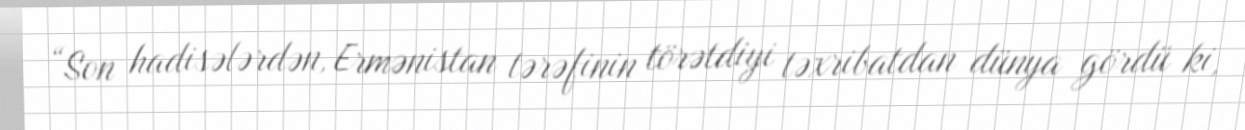
“Son hadisələrdən, Ermənistan tərəfinin törətdiyi təxribatdan dünya gördü ki,